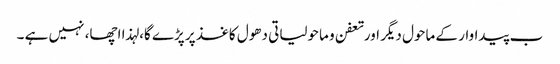
ب پیداوار کے ماحول دیگر اورتعفن و ماحولیاتی دھول کاغذ پر پڑے گا، لہذا اچھا، نہیں ہے ۔